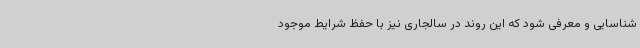
شناسایی و معرفی شود که این روند در سالجاری نیز با حفظ شرایط موجود